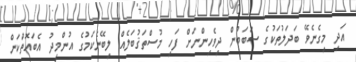
އަދި މިގެނެވޭ ބަދަލުތަކުގެ ސަބަބުން ދިވެހިންނަށް ފަހި މުސްތަޤުބަލެއް ލިބޭނެކަމުގެ އުންމީދު އެބައޮތްކަން